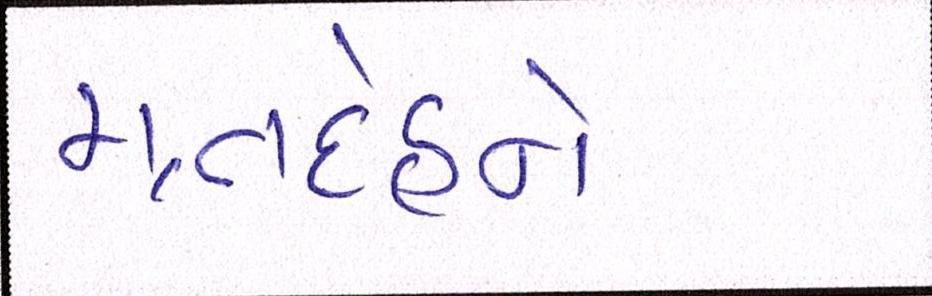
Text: મૃતદેહને